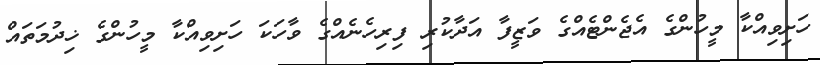
ހަށިވިއްކާ މީހުންގެ އެޖެންޓެއްގެ ވަޒީފާ އަދާކުރި ފިރިހެނެއްގެ ވާހަކަ ހަށިވިއްކާ މީހުންގެ ޚިދުމަތައް